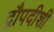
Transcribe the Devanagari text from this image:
द्रौपदीशी